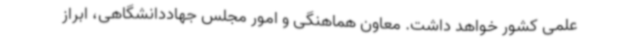
علمی کشور خواهد داشت. معاون هماهنگی و امور مجلس جهاددانشگاهی، ابراز